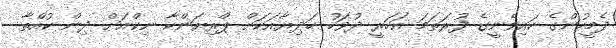
ދެމީހުންގެ ކައިވެނީގެ ފުރަތަމަ އަހަރީ ދުވަހު ހަދިޔާއަކަށް ޕްރިޔަންކާ ނިކްއަށް ދިން ކުއްތާ